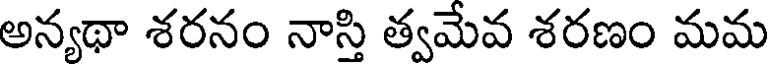
అన్యథా శరనం నాస్తి త్వమేవ శరణం మమ